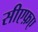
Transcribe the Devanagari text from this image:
सीएफ़ए